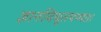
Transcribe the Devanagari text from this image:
ज्ञानविधूतपप्मा।।